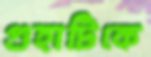
গুহাটিকে